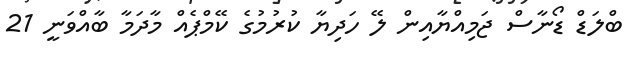
ބްލަޑް ޑޯނާސް ޖަމިއްޔާއިން ލޭ ހަދިޔާ ކުރުމުގެ ކޭމްޕެއް މާދަމާ ބާއްވަނީ 21